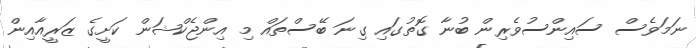
ނަމަވެސް ސައިންސުވެރިން ބުނާ ގޮތުގައި ގިނަ ބޭސްތައް މި އިންޖެކްޝަން ކަށީގެ ޒަރީއާާއިން